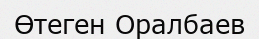
Өтеген Оралбаев